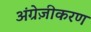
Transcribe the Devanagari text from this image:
अंग्रेज़ीकरण